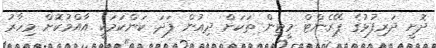
ދޮށީ ދަރިފުޅުގެ ޕޭރެންޓް މީޓިން ތަކަށް ދިއުން ފަދަ ކަންކަމަކީ އާއްމުކޮށް މިހާރު